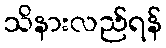
သိနားလည်ရန်